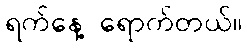
ရက်နေ့ ရောက်တယ်။